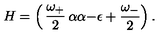
H = \left( \begin{matrix} { \displaystyle { \frac { \omega _ { + } } { 2 } } } & { \alpha } \\ { \alpha } & { \displaystyle - \epsilon + { \frac { \omega _ { - } } { 2 } } } \\ \end{matrix} \right) .